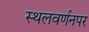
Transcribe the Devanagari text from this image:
स्थलवर्णनपर